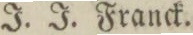
J. J. Franck.